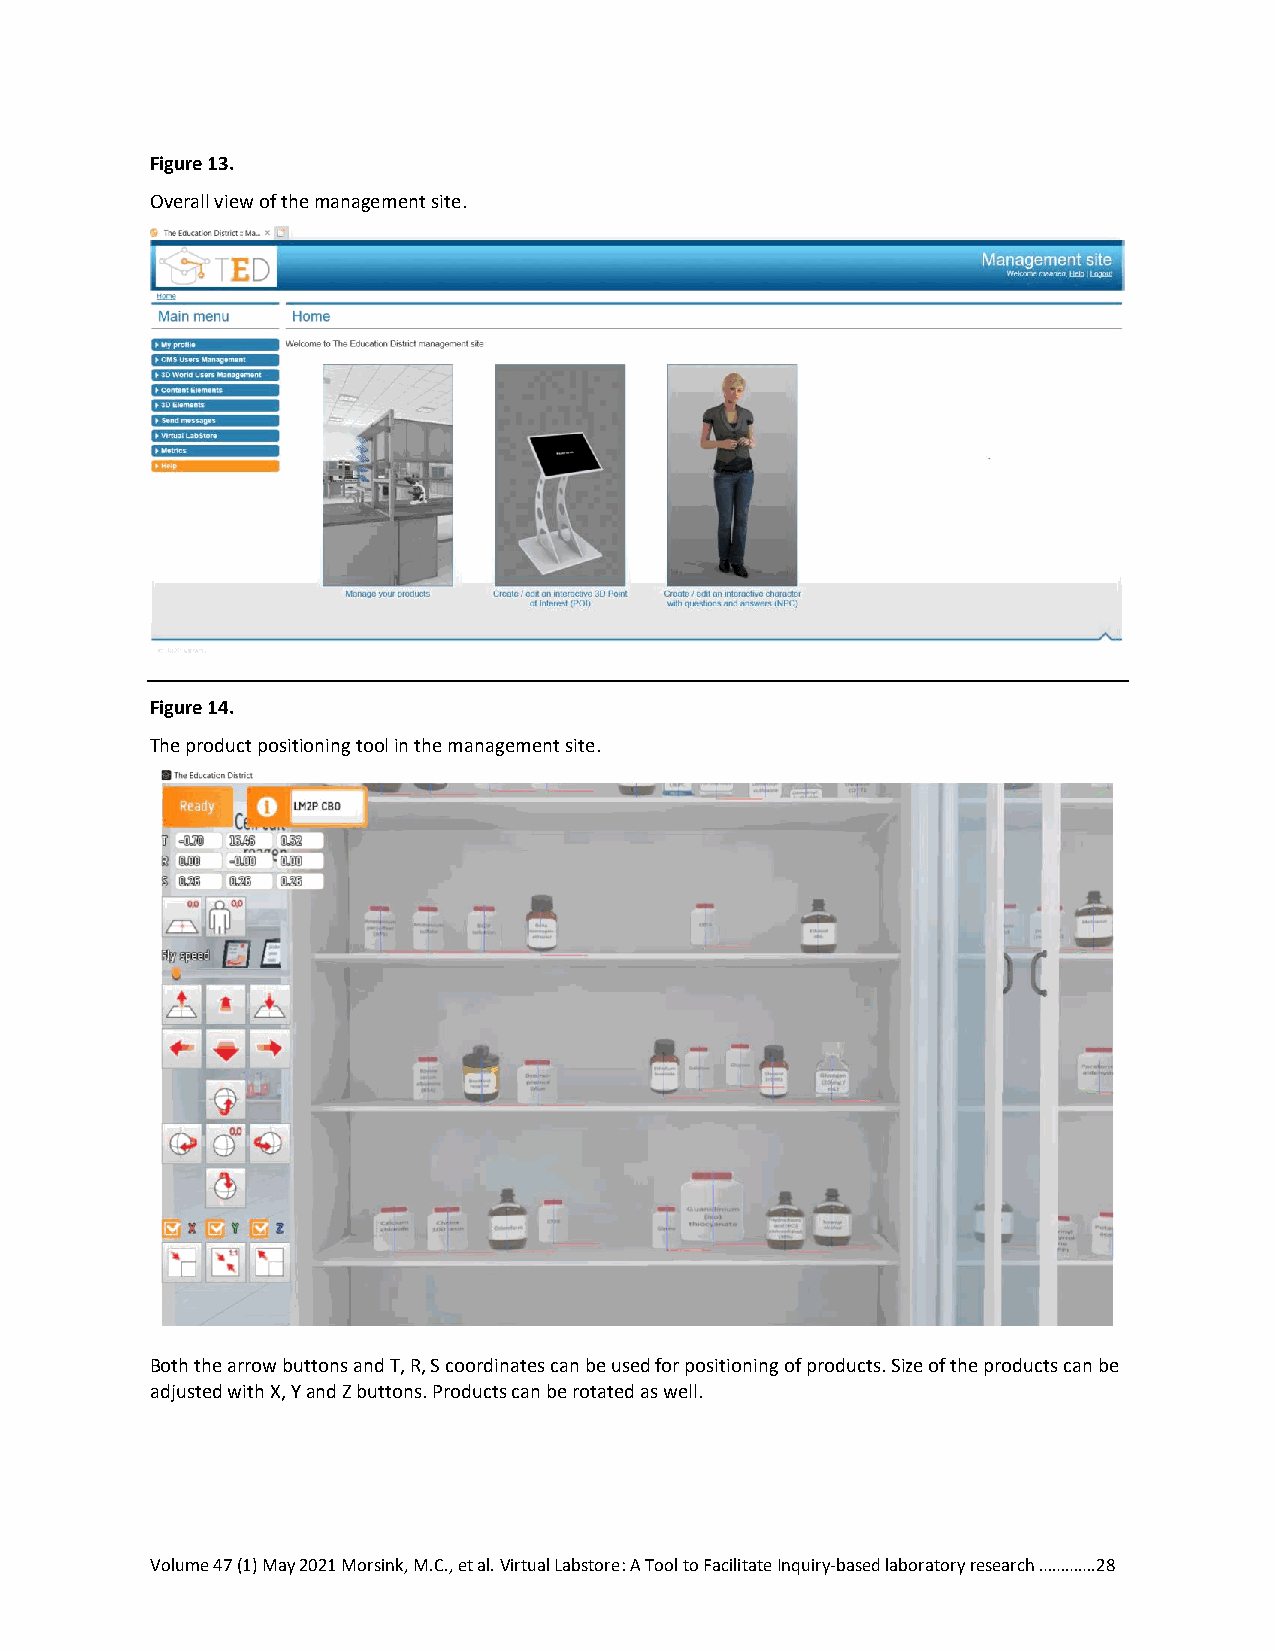
Figure 13.
 Overall view of the management site.
 Figure 14.
 The product positioning tool in the management site.
 Both the arrow buttons and T, R, S coordinates can be used for positioning of products. Size of the products can be
 adjusted with X, Y and Z buttons. Products can be rotated as well.
 Volume 47 (1) May 2021 Morsink, M.C., et al. Virtual Labstore: A Tool to Facilitate Inquiry-based laboratory research ………….28